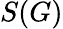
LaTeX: S(G)